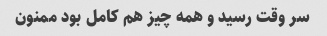
سر وقت رسید و همه چیز هم کامل بود ممنون